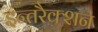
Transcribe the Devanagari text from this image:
इन्तरैक्शन